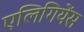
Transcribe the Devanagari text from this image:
एलिगियेंस